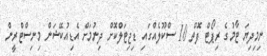
ނިމިދިޔަ ޓާމުގެ ރިޕޯޓް ފޮތް 10 ސްކޫލެއްގައި ޑިޖިޓަލްކޮށް ދިނުމަށް އެޑިއުކޭޝަން މިނިސްޓްރީން